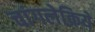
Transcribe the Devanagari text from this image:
चांगलेक्रिये